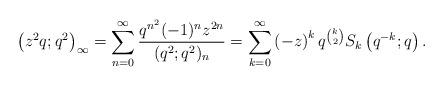
LaTeX: \begin{align*}\left(z^{2}q;q^{2}\right)_{\infty}=\sum_{n=0}^{\infty}\frac{q^{n^{2}}(-1)^{n}z^{2n}}{(q^{2};q^{2})_{n}}=\sum_{k=0}^{\infty}\left(-z\right)^{k}q^{\binom{k}{2}}S_{k}\left(q^{-k};q\right).\end{align*}